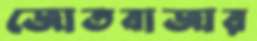
জোতবাজার